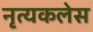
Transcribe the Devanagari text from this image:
नृत्यकलेस